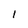
Character: l